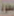
سعود